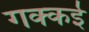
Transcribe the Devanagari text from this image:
गक्‍कई